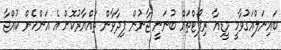
ބައިނަލްއަގުވާމީ މީޑިއާ ރިޕޯޓްތައް ބުނަނީ ޖާނުން ފިދާވާން ތައްޔާރުކޮށް އެ އަންހެން ކުއްޖާ